Scottish Leaving Certificate Examination, 1952
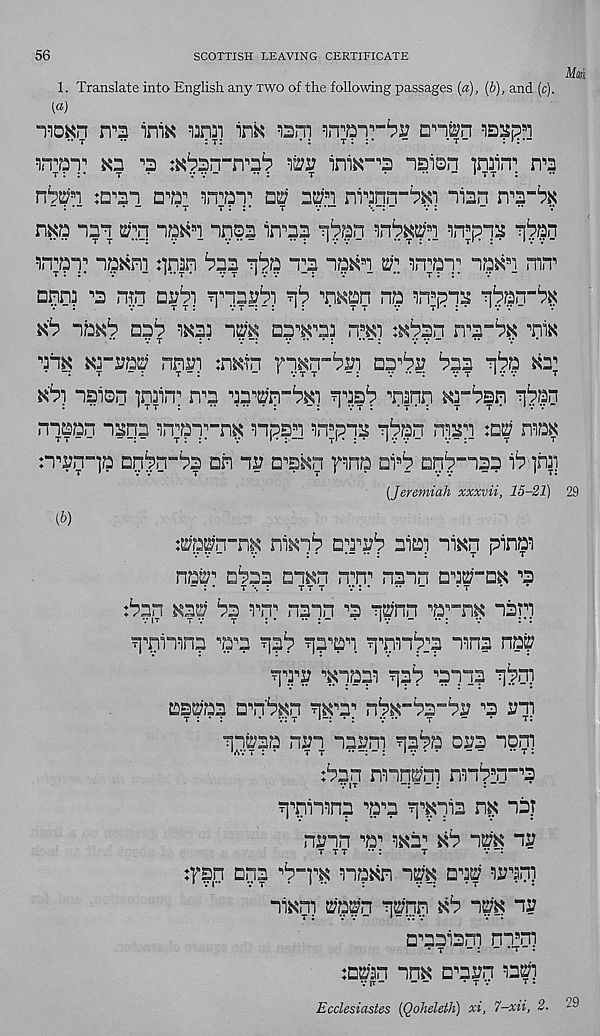
56
SCOTTISH LEAVING CERTIFICATE
1. Translate into English any two of the following passages (a), [b), and (c).
[a)
"fioan iv2 iniK wnai inK
mxp'i
mT 1
m
nsisn ]n3in^
T ;
T
•
v v “
:
t
*
•*
1 tt :
n^2;' s i :a^n
qe; 2m ni^nn-^i nisn n'2-bx
- :
• -
* t
t: :•
t
v—
“
v:
nm “12^ crq “i$k s i iqoa in^2?
in;??!: "iqKm :]n|n ^32
“'2
w 'i.Tai:
mn^
□qn? "3 njn nub)
*\b
n?
vib “ibK^p Dbb W33
n fl Ki :^^|n n'2™b# 'm
'n$ xrmv rm :nwn
□b^s? ^32
tiy
tib) nsisn inain^ im ^2^'n-bKi ?ibsb ^nann Krbsn •nbran
:
*• _ 1 t t :
•• • •• • :
-: » v t : • t * :
t
t * 1 v v
nnaan -i^qn
npsb
q^bn rpq :nuj niax
n^n-]b QD^n-bs on 13 D^s^n
ai B b 33^—133
ira
[Jeremiah xxxvii, 15-21)
xmm-m
nyvb niai ni^n pm
^a^; , d^ss cn^n n B n B naan
B 3
_ ; .
T \ :
T T T v: *
.. -
• T
:bnn
bs rp: naqn *’? q^'nn B br n^ “ ,^r ?
Mail
29
^pinna ^2 qab q3 B 2 B i " B nn^:3 mna na^
"Kpapl ^b •’3P"!?
as^ab D B n'^n
nbK-bs-bv B 3 v~i)
"qaraa nan aa^ni qb'pa oa? loni
6an nnn^ni nnb s n“ , 3
v it
-: — :
:
q B pi”nnb ,, a B b T£? 3
naan B a B wir xb nm na
t t t •• :
t
v ~:
:ysn cpa
^np^n np yw w^n]
nm pfn qpp Xb np na
□ B 23i3m nn fl ni
. T - ;
’T •
:D2;'2n nnK a B 2an
V P -
’TV
T .
Ecclesiastes [Qoheleth] xi, 7-xii, 2. -9